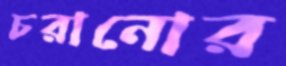
চরানোর